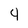
Character: 4